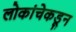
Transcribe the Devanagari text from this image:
लोकांचेकडून